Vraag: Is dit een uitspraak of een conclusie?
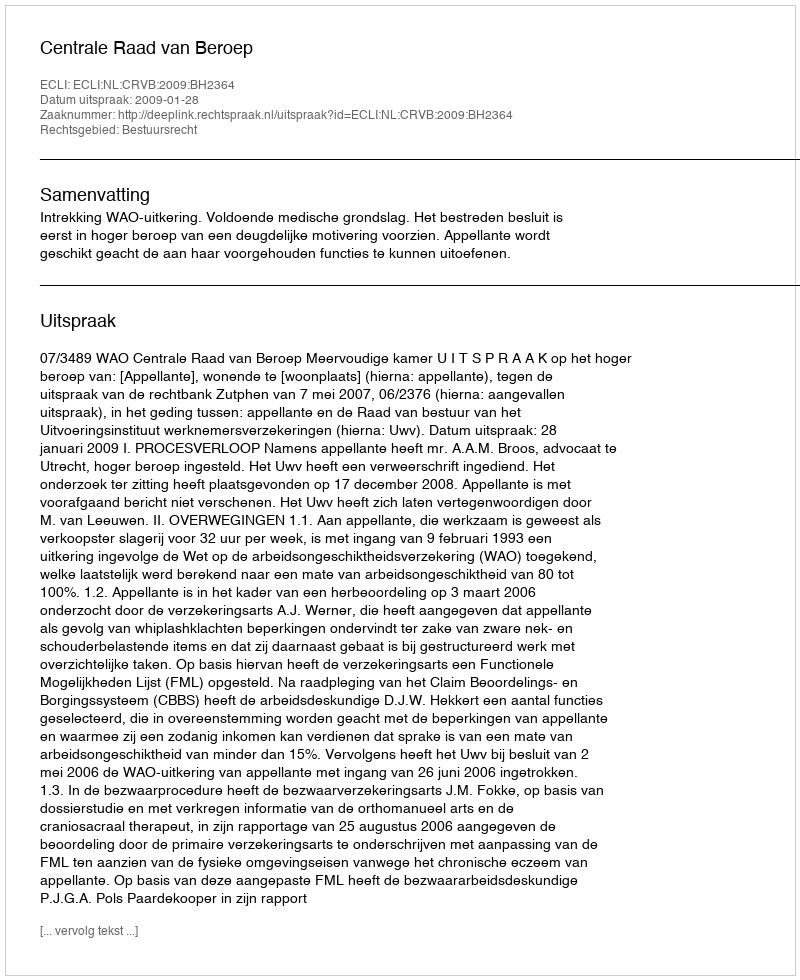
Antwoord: Uitspraak